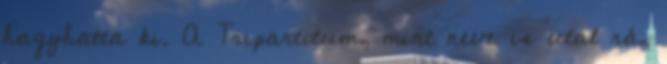
hagyhatta ki. A Tripartitum, mint neve is utal rá,